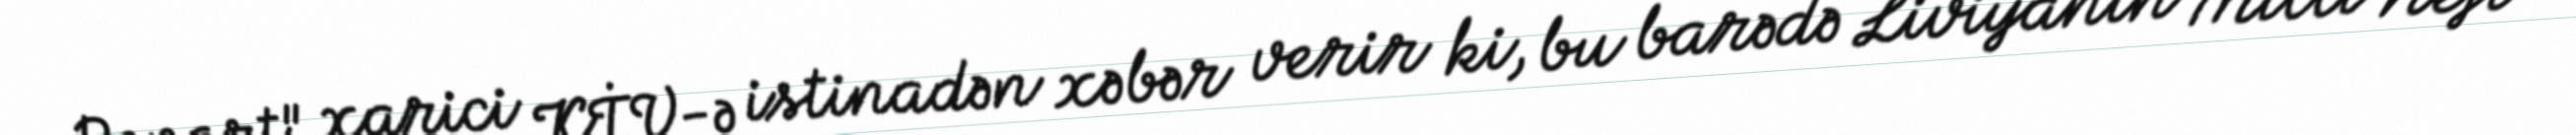
Report" xarici KİV-ə istinadən xəbər verir ki, bu barədə Liviyanın Milli Neft